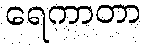
ရေကာတာ